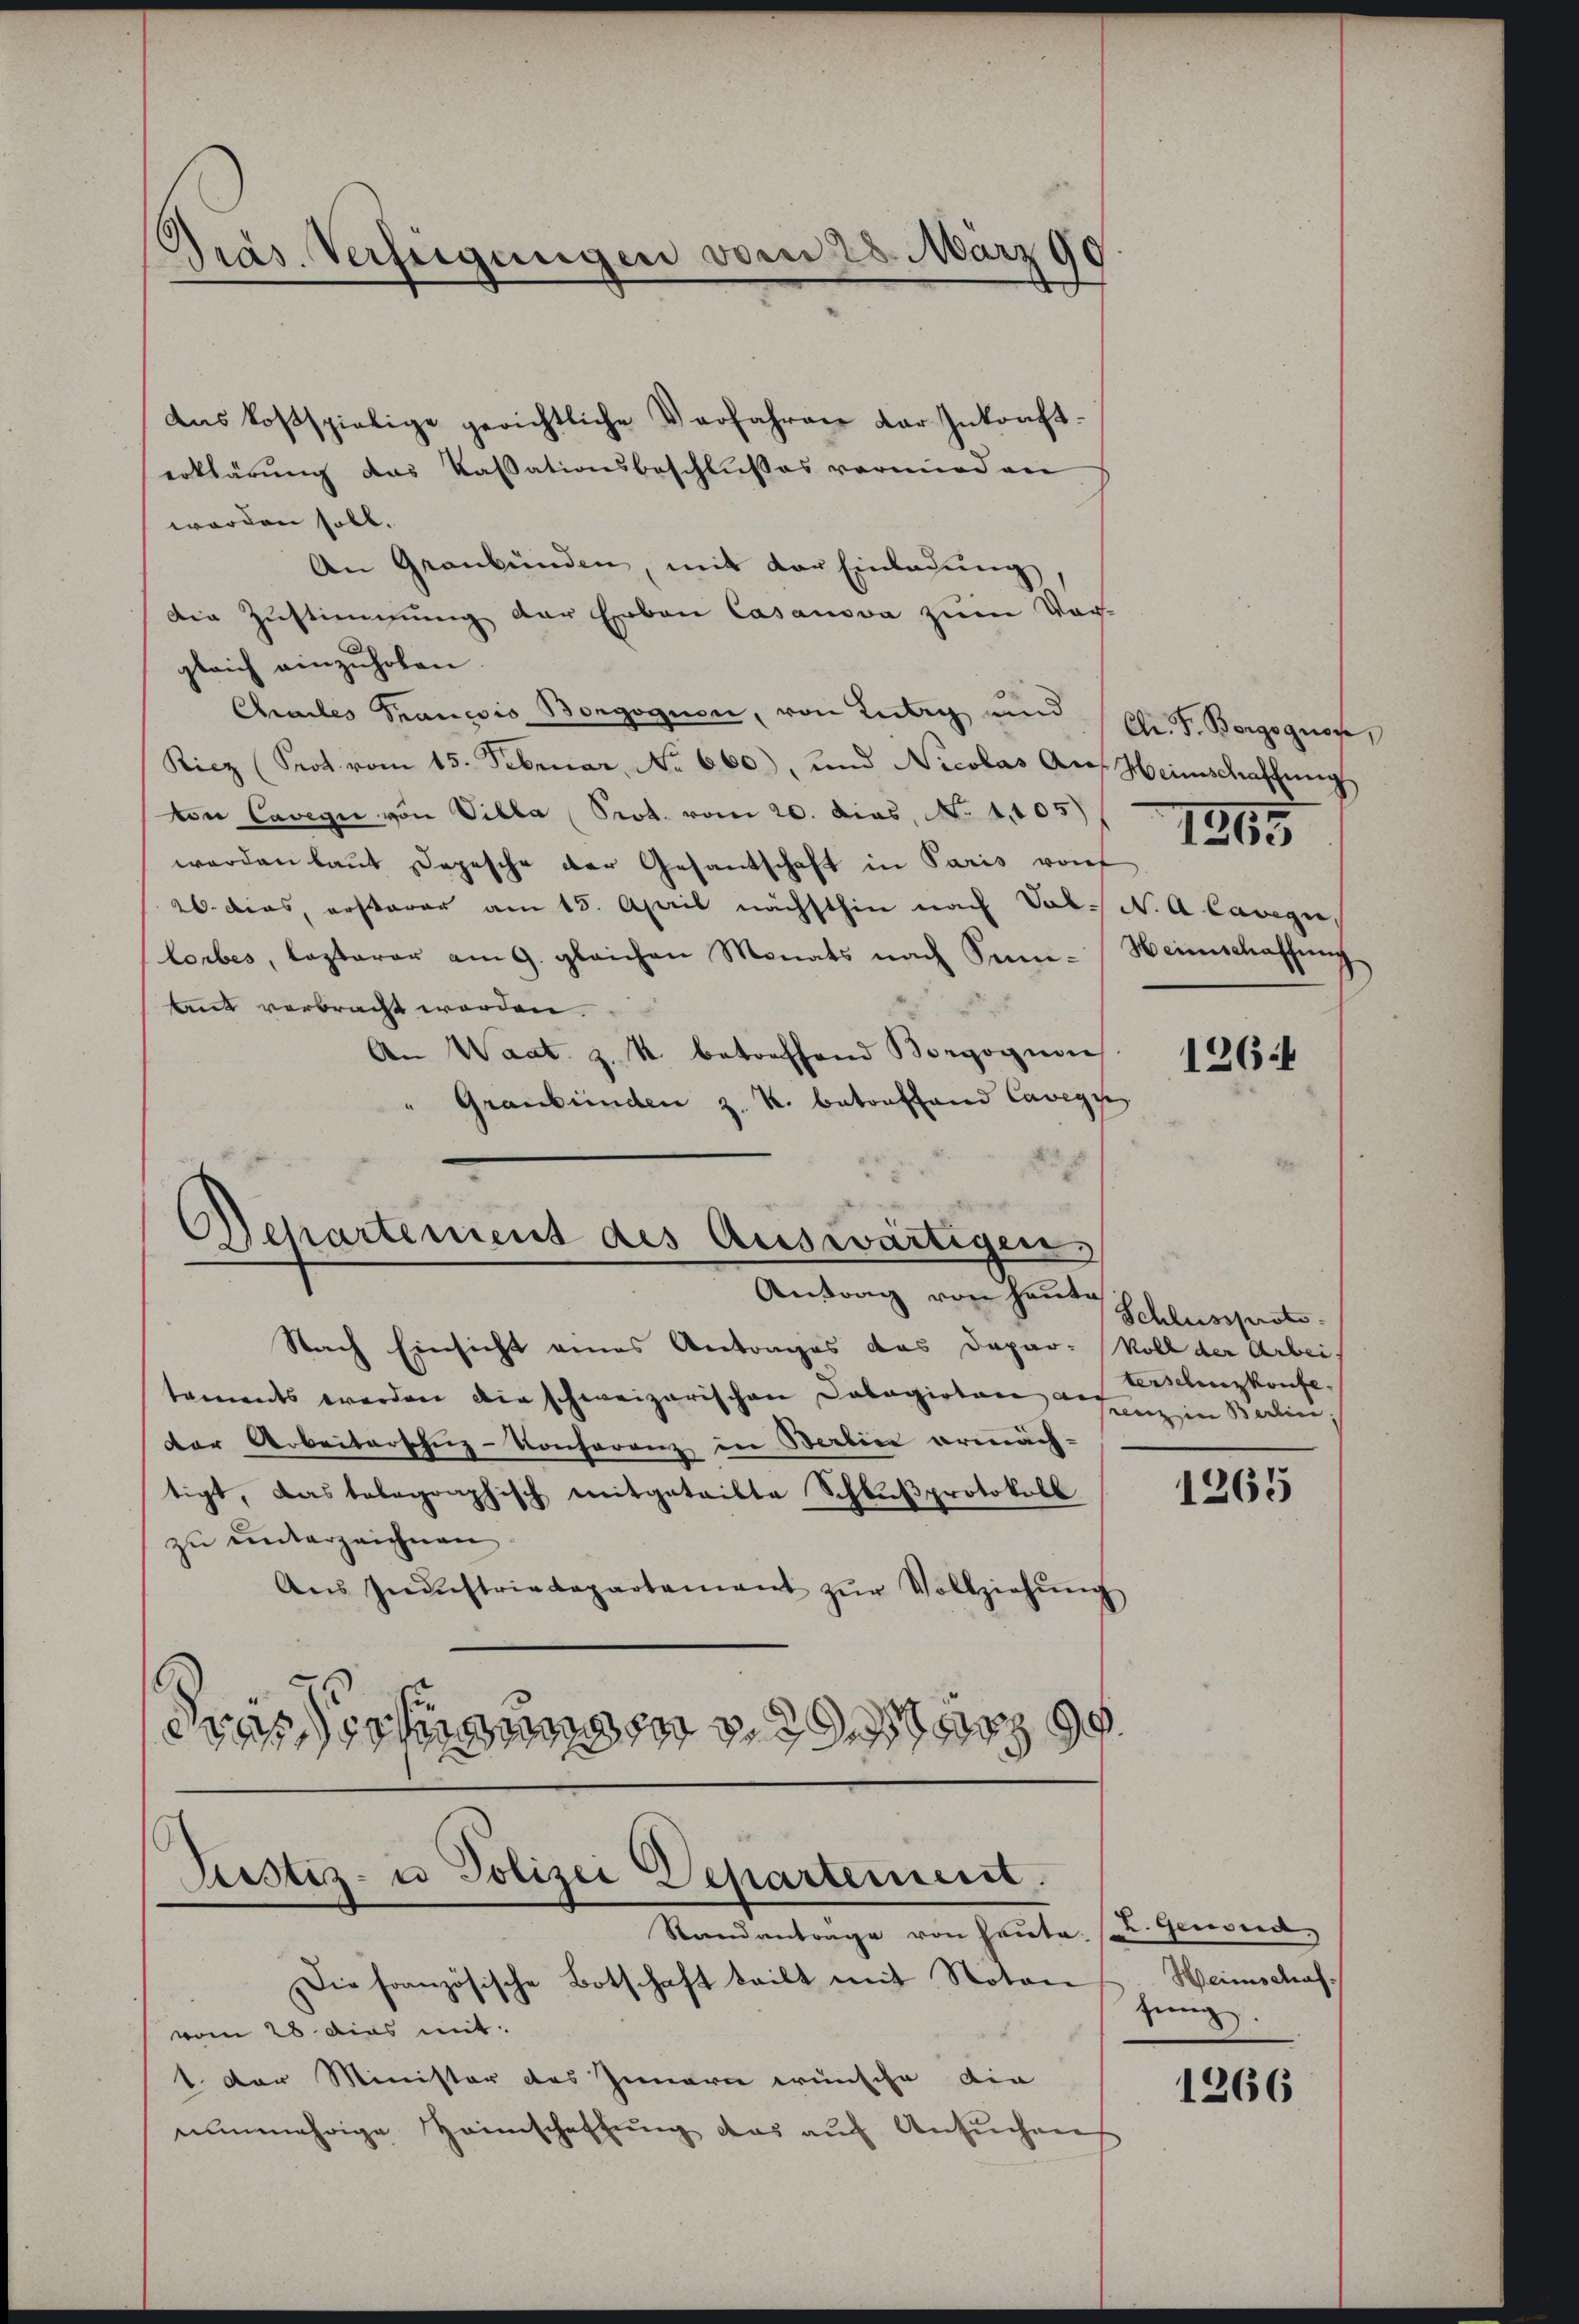
Präs. Verfügungen vom 28. März 190

das kostspielige gerichtliche Verfahren der Inkonfterklärung das Kassationsbeschlußes vormieden
worden soll.
An Graubünden, mit der Einladung
Die Zustimmung der Erben Casanova zum Vorgleich einzŭholen.
Chales Trancsis Borgognen, von Lutry und Chr. F. Borgognose,
Ricz (Srot vom 15. Februar, No 660), und Nicolas Auf Heimschaffung
von Cavegii von Villa Prot. vom 20. dies, N. 1105)
werden laŭt Depesche der Gesandtschaft in Paris von
26. dies, erstarer am 15. April nächsthin nach Sol. N. A lange
lorbes, lezterer am 9. gleichen Monats nach Sen-Heimschaffung
lut verbracht worden.
An Waat. z. R. betreffend Borgogieri
Graubünden z. K. betonffand Cavegu
Departement des Auswärtigen,
Antrag von heute
Nach Einsicht eines Antrages das Dapar- Roll der Arbei-
taments werden die schweizerischen Calagirtere auf
der Arbeiterscheiz-Konferenz in Berlin ermäch-
tigt, das telegraphisch mitgeteilte Schlŭβprotokoll
zu unterzeichnen
Ans Gestriedepartement zŭr Vollziehŭng
drasserhander

Justiz- u Polizei Departement.
Standantrage von heute.

Die französische Botschaft teilt mit Notan
vom 28 dies mit
1. Der Minister des Innern wünsche die
nŭnmehrige Heimschaffŭng das aŭf Ansŭchen

1265

1264

Schlussproto
terschenzkonfe
renz in Berlic

1265

L. Genord
Heimschraf
zung.

1266